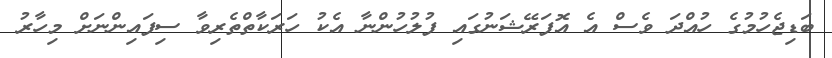
ބަޑިޖެހުމުގެ ހުއްދަ ވެސް އެ އޮފަރޭޝަނުގައި ފުލުހުންނާ އެކު ހަރަކާތްތެރިވާ ސިފައިންނަށް މިހާރު